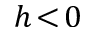
h \! < \! 0